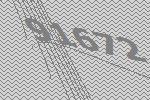
91672